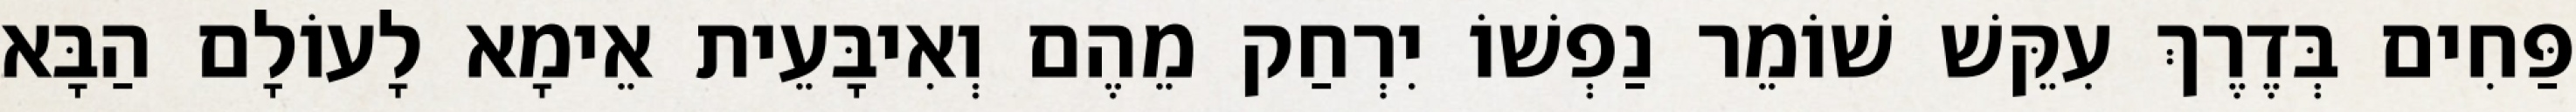
פַּחִים בְּדֶרֶךְ עִקֵּשׁ שׁוֹמֵר נַפְשׁוֹ יִרְחַק מֵהֶם וְאִיבָּעֵית אֵימָא לָעוֹלָם הַבָּא